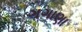
ગગાણા